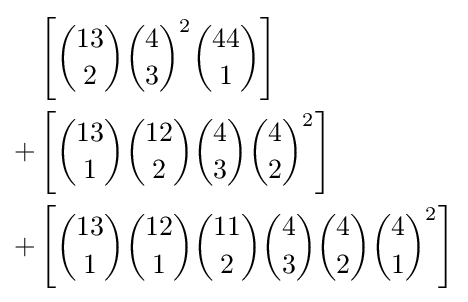
{\begin{aligned}&\left[{13 \choose 2}{4 \choose 3}^{2}{44 \choose 1}\right]\\+&\left[{13 \choose 1}{12 \choose 2}{4 \choose 3}{4 \choose 2}^{2}\right]\\+&\left[{13 \choose 1}{12 \choose 1}{11 \choose 2}{4 \choose 3}{4 \choose 2}{4 \choose 1}^{2}\right]\end{aligned}}